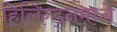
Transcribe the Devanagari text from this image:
हिलिंग्ड्नमध्ये